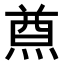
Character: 𤋃